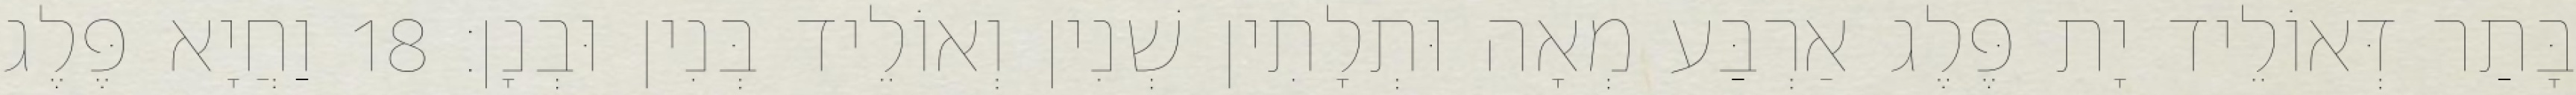
בָּתַר דְּאוֹלֵיד יָת פֶּלֶג אַרְבַּע מְאָה וּתְלָתִין שְׁנִין וְאוֹלֵיד בְּנִין וּבְנָן׃ 18 וַחֲיָא פֶּלֶג